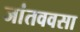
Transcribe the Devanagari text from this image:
जांतववसा